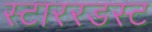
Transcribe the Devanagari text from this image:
स्टाररडस्ट